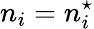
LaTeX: n_{i}=n_{i}^{\star}